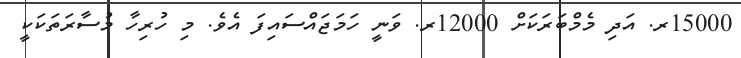
15000ރ. އަދި މެމްބަރަކަށް 12000ރ. ވަނީ ހަމަޖައްސައިފަ އެވެ. މި ހުރިހާ މުސާރަތަކަކީ